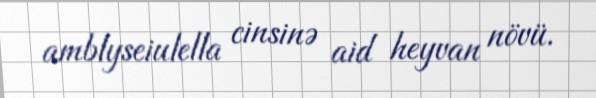
amblyseiulella cinsinə aid heyvan növü.